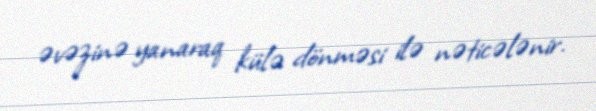
əvəzinə yanaraq külə dönməsi ilə nəticələnir.